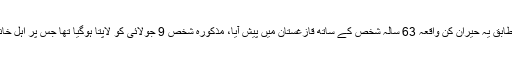
غیر ملکی خبر رساں ادارے کے مطابق یہ حیران کن واقعہ 63 سالہ شخص کے ساتھ قازغستان میں پیش آیا، مذکورہ شخص 9 جولائی کو لاپتا ہوگیا تھا جس پر اہل خانہ نے پولیس میں مقدمہ درج کرایا۔